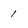
Character: 1